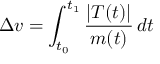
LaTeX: \Delta { v } = \int _ { t _ { 0 } } ^ { t _ { 1 } } { \frac { | T ( t ) | } { m ( t ) } } \, d t